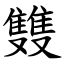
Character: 䨇